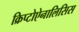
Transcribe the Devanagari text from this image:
क्रिप्टोऐनालिसिस